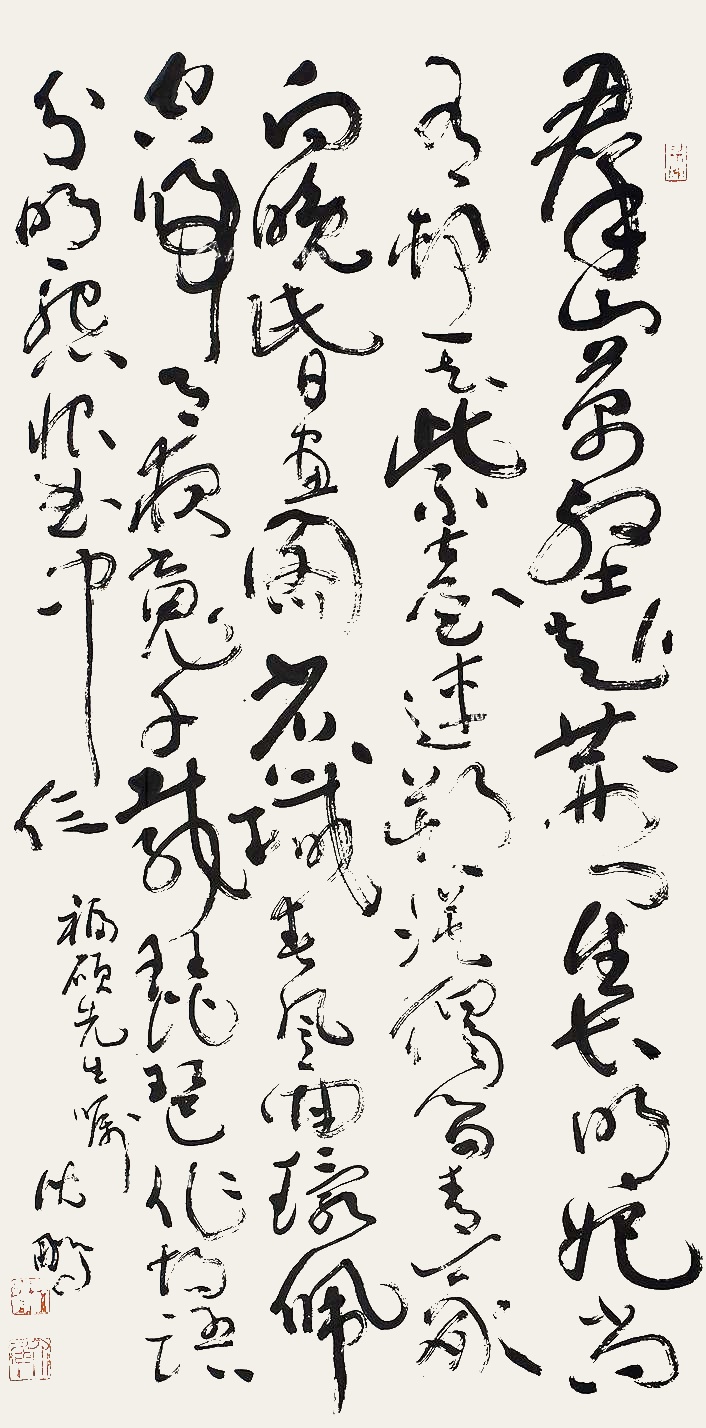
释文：群山万壑赴荆门，生长明妃尚有村。一去紫台连朔漠，独留青冢向晚昏。画图省识春风面，环佩空归夜月魂。千载琵琶作胡语，分明怨恨曲中论。福硕先生嘱，沈鹏。